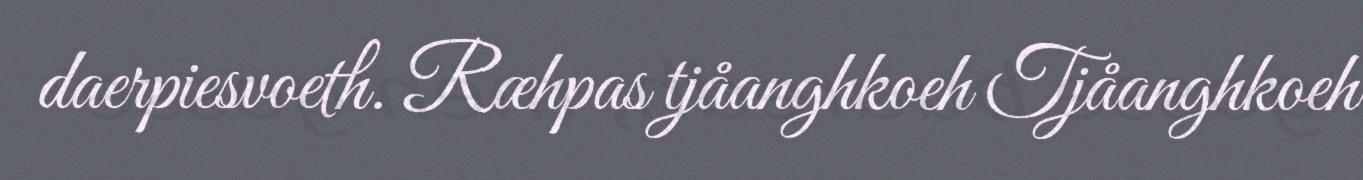
daerpiesvoeth. Ræhpas tjåanghkoeh Tjåanghkoeh